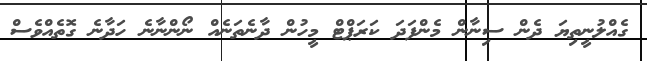
ގެއްލުނީތިޔަ ދެން ސިނާން މެންފަދަ ކަރަޕްޓް މީހުން ދާނެތަނެއް ނޯންނާނެ ހަދާނެ ގޮތެއްވެސް